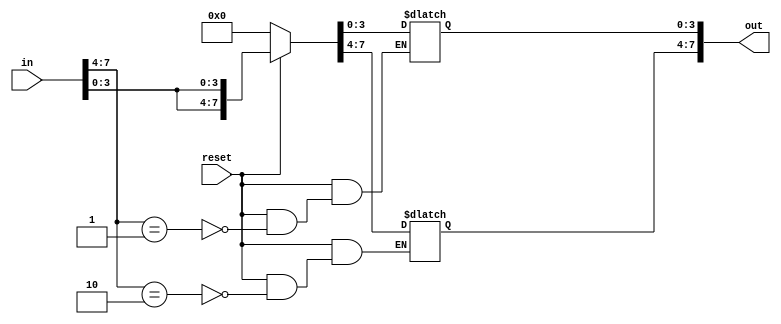
module protocol_in 
(
	input reset,
	input [7:0] in,
	
	output reg [7:0] out
);





always @ (*)
begin
	if(reset == 1'b0) begin
		out = 8'b0;
	end
	else begin
		case (in[7:4])
			4'b0001:
			begin
				out[3:0] = in[3:0];
				out[7:4] = out[7:4];
			end
			
			4'b0010:
			begin
				out[7:4] = in[3:0];
				out[3:0] = out[3:0];
			end
			
			default:
				out[7:0] = out[7:0];
		endcase
	end
end




endmodule